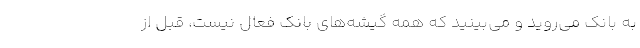
به بانک می‌روید و می‌بینید که همه گیشه‌های بانک فعال نیست، قبل از